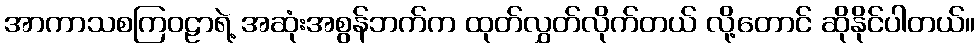
အာကာသစကြဝဠာရဲ့ အဆုံးအစွန်ဘက်က ထုတ်လွှတ်လိုက်တယ် လို့တောင် ဆိုနိုင်ပါတယ်။